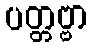
ပတ္တဗ္ဗာ